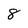
Character: 8